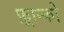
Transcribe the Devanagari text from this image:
फ़्रान्को